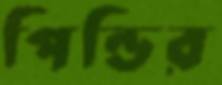
পিন্ডির